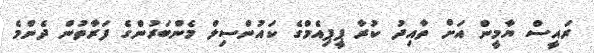
ރައީސް ޔާމީން އަށް ތާއިދު ކުރާ ޕީޕިއެމްގެ ކައުންސިލް މެންބަރުންގެ ފަރާތުން ދެންމެ